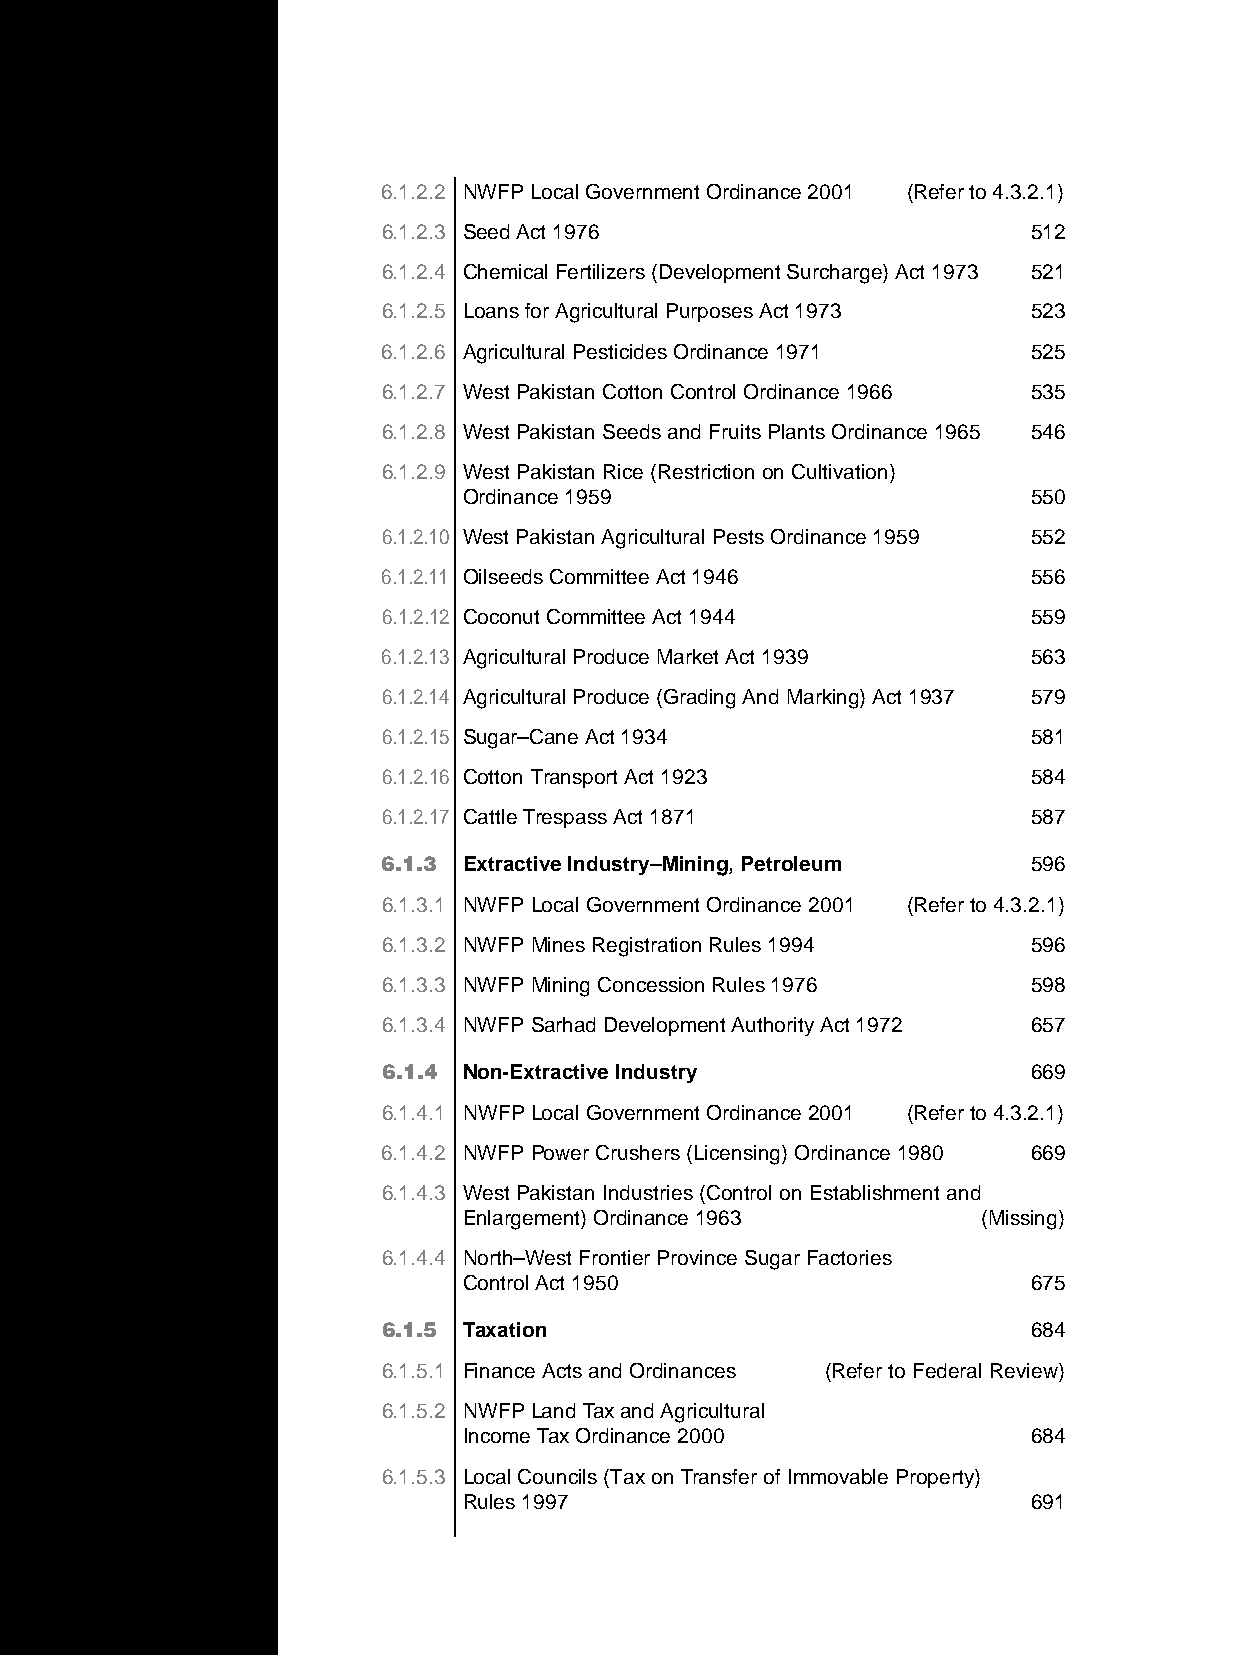
6.1.2.2 NWFPLocal Government Ordinance 2001 (Refer to 4.3.2.1)
 6.1.2.3 Seed Act 1976                      512
 6.1.2.4 Chemical Fertilizers (Development Surcharge) Act 1973 521
 6.1.2.5 Loans for Agricultural Purposes Act 1973 523
 6.1.2.6 Agricultural Pesticides Ordinance 1971 525
 6.1.2.7 West Pakistan Cotton Control Ordinance 1966 535
 6.1.2.8 West Pakistan Seeds and Fruits Plants Ordinance 1965 546
 6.1.2.9 West Pakistan Rice (Restriction on Cultivation)
 Ordinance 1959                       550
 6.1.2.10 West Pakistan Agricultural Pests Ordinance 1959 552
 6.1.2.11 Oilseeds Committee Act 1946       556
 6.1.2.12 Coconut Committee Act 1944        559
 6.1.2.13 Agricultural Produce Market Act 1939 563
 6.1.2.14 Agricultural Produce (Grading And Marking) Act 1937 579
 6.1.2.15 Sugar–Cane Act 1934               581
 6.1.2.16 Cotton Transport Act 1923         584
 6.1.2.17 Cattle Trespass Act 1871          587
 6.1.3 Extractive Industry–Mining, Petroleum 596
 6.1.3.1 NWFP Local Government Ordinance 2001 (Refer to 4.3.2.1)
 6.1.3.2 NWFPMines Registration Rules 1994  596
 6.1.3.3 NWFPMining Concession Rules 1976   598
 6.1.3.4 NWFP Sarhad Development Authority Act 1972 657
 6.1.4 Non-Extractive Industry              669
 6.1.4.1 NWFPLocal Government Ordinance 2001 (Refer to 4.3.2.1)
 6.1.4.2 NWFPPower Crushers (Licensing) Ordinance 1980 669
 6.1.4.3 West Pakistan Industries (Control on Establishment and
 Enlargement) Ordinance 1963       (Missing)
 6.1.4.4 North–West Frontier Province Sugar Factories
 Control Act 1950                     675
 6.1.5 Taxation                             684
 6.1.5.1 Finance Acts and Ordinances (Refer to Federal Review)
 6.1.5.2 NWFPLand Tax and Agricultural
 Income Tax Ordinance 2000            684
 6.1.5.3 Local Councils (Tax on Transfer of Immovable Property)
 Rules 1997                           691